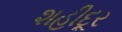
શહીદૂર